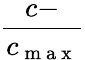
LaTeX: \frac{c-}{c_{\mathrm{~m~a~x~}}}